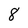
Character: 8